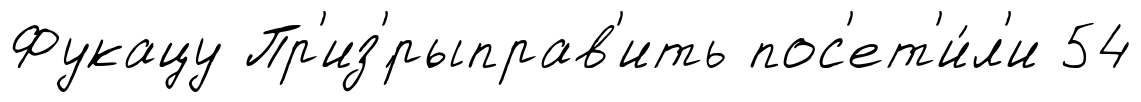
Фукацу Пр'из'́рыправ'ить пос'ет'и́л'и 54